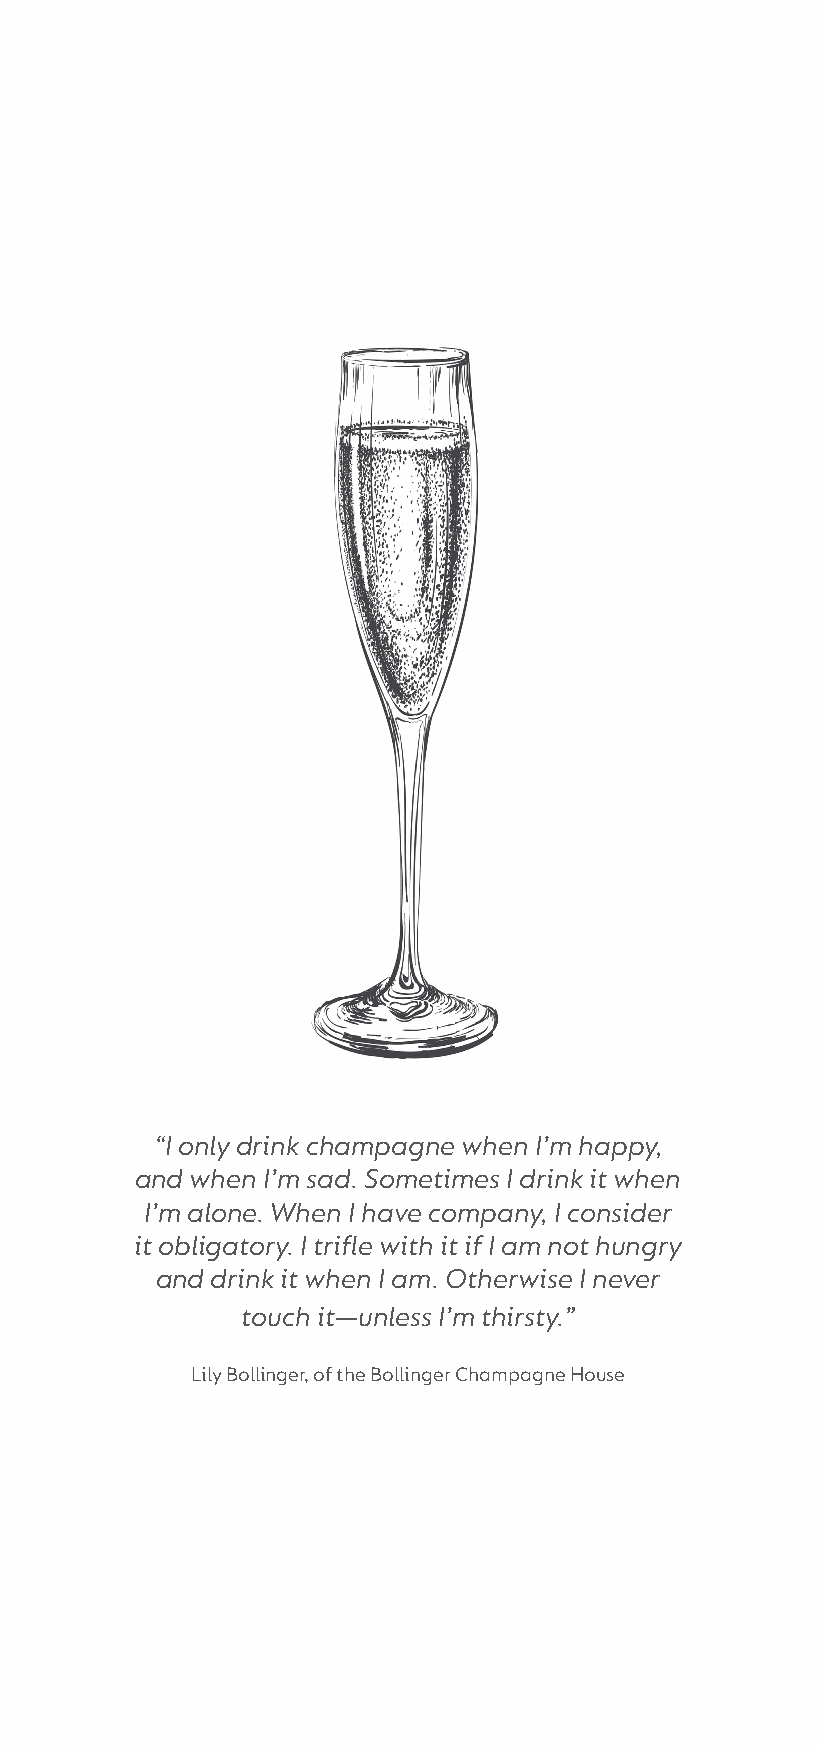
“I only drink champagne when I’m happy,
 and when I’m sad. Sometimes I drink it when
 I’m alone. When I have company, I consider
 it obligatory. I trifle with it if I am not hungry
 and drink it when I am. Otherwise I never
 touch it—unless I’m thirsty.”
 Lily Bollinger, of the Bollinger Champagne House
 Crypt Wine Booket_140x297.indd 1              05/09/2018 20:00